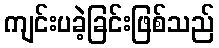
ကျင်းပခဲ့ခြင်းဖြစ်သည်